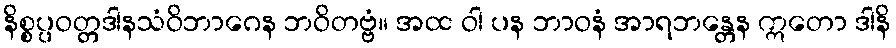
နိစ္စပ္ပဝတ္တဒါနသံဝိဘာဂေန ဘဝိတဗ္ဗံ။ အထ ဝါ ပန ဘာဝနံ အာရဘန္တေန ဣတော ဒါနိ